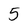
Character: 5